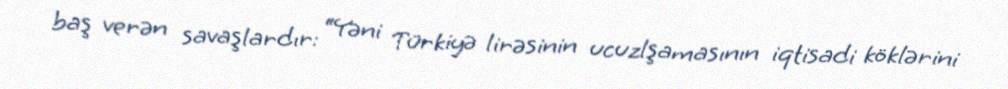
baş verən savaşlardır: “Yəni Türkiyə lirəsinin ucuzlşamasının iqtisadi köklərini